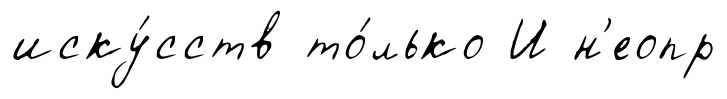
иску́сств то́лько И н'еопр